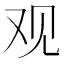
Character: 观